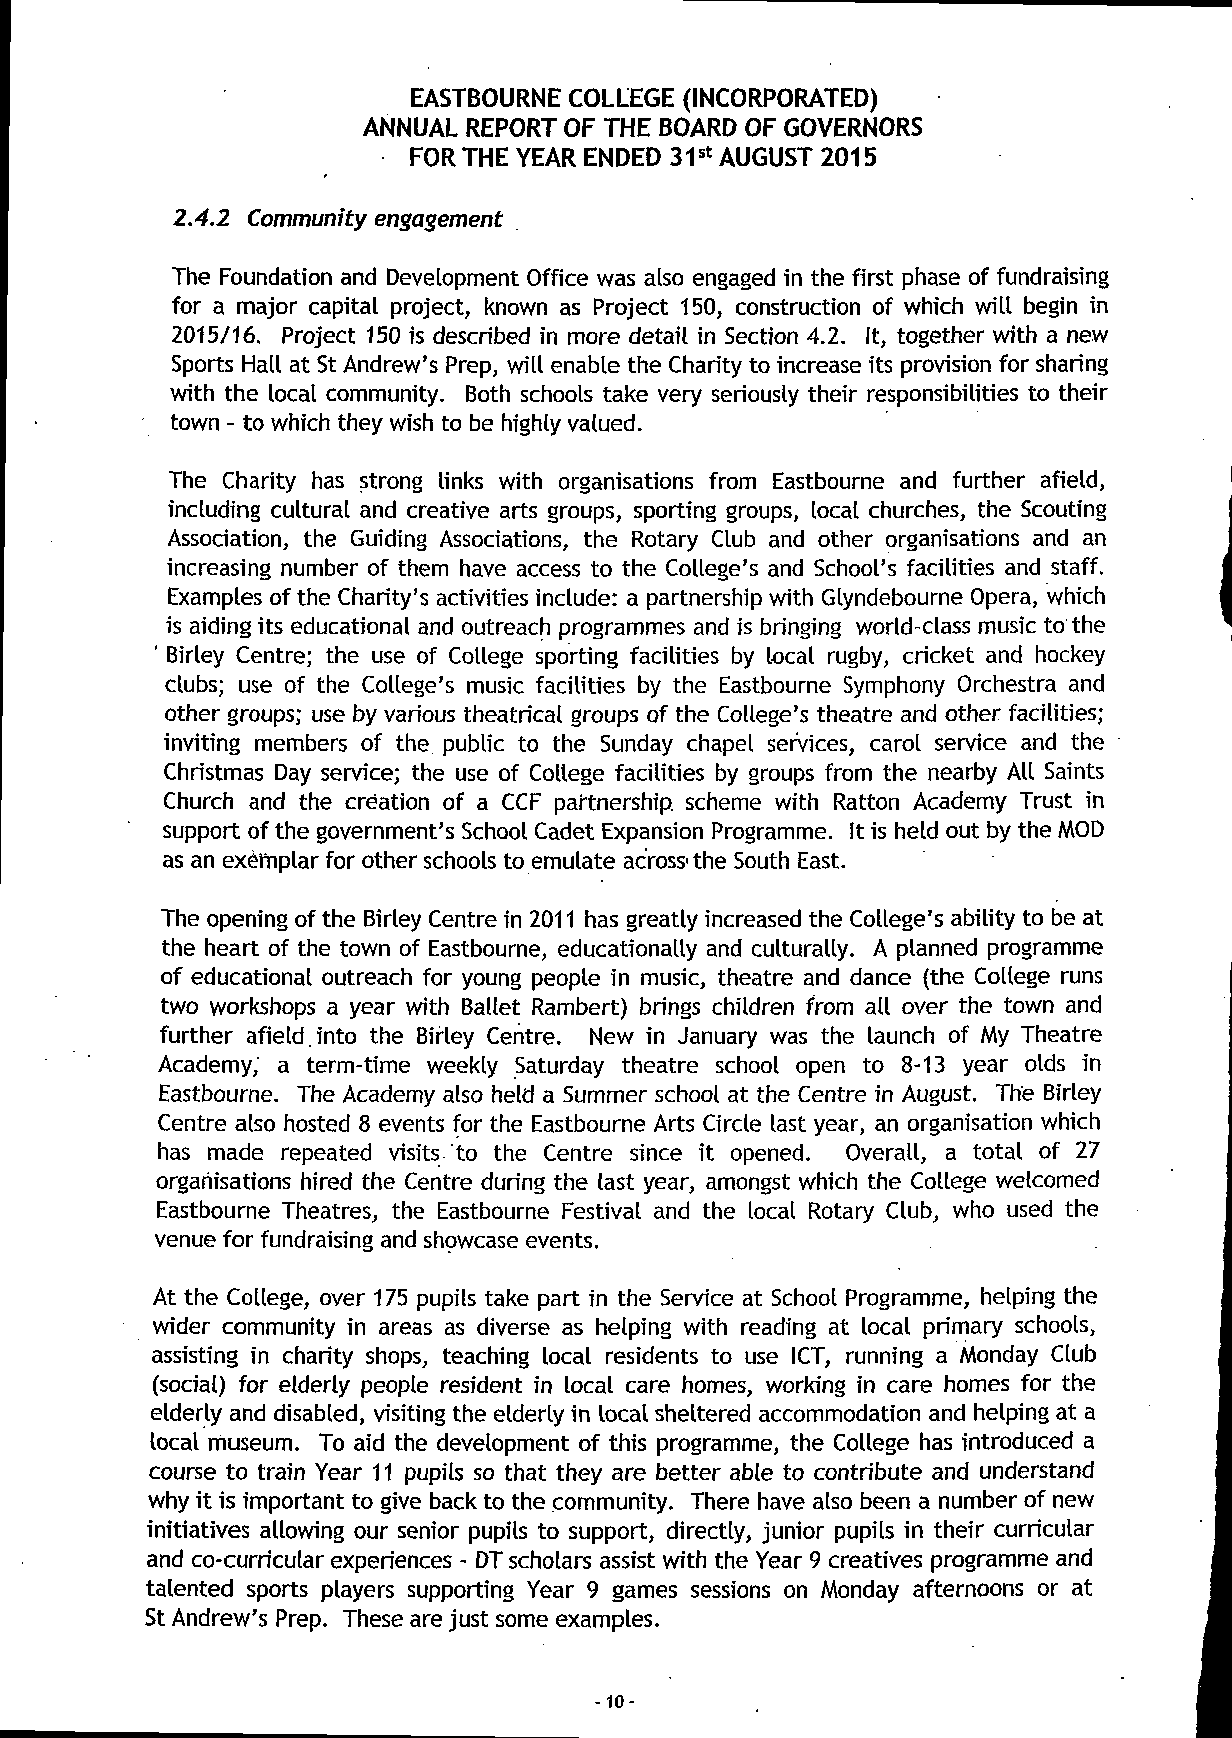
EASTBOURNE COLLEGE (INCORPORATED)
 ANNUAL REPORT OF THE BOARD OF GOVERNORS
 FOR THE YEAR ENDED 31st AUGUST 2015
 2.4.2 Community engagement
 The Foundation and Development Office was also engaged in the first phase of fundraising
 for a major capital project, known as Project 150, construction of which will begin in
 2015/16. Project 150 is described in more detail in Section 4.2. It, together with a new
 Sports Hall at St Andrew's Prep, will enable the Charity to increase its provision for sharing
 with the local community. Both schools take very seriously their responsibilities to their
 town - to which they wish to be highly valued.
 The Charity has strong links with organisations from Eastbourne and further afield,
 including cultural and creative arts groups, sporting groups, local churches, the Scouting
 Association, the Guiding Associations, the Rotary Club and other organisations and an
 increasing number of them have access to the College's and School's facilities and staff.
 Examples of the Charity's activities include: a partnership with Glyndebourne Opera, which
 is aiding its educational and outreach programmes and is bringing world-class music to the
 ' Birley Centre; the use of College sporting facilities by local rugby, cricket and hockey
 clubs; use of the College's music facilities by the Eastbourne Symphony Orchestra and
 other groups; use by various theatrical groups of the College's theatre and other facilities;
 inviting members of the. public to the Sunday chapel services, carol service and the
 Christmas Day service; the use of College facilities by groups from the nearby All Saints
 Church and the creation of a CCF partnership, scheme with Ratton Academy Trust in
 support of the government's School Cadet Expansion Programme. It is held out by the MOD
 as an exemplar for other schools to emulate across- the South East.
 The opening of the Birley Centre in 2011 has greatly increased the College's ability to be at
 the heart of the town of Eastbourne, educationally and culturally. A planned programme
 of educational outreach for young people in music, theatre and dance (the College runs
 two workshops a year with Ballet Rambert) brings children from all over the town and
 further afield, into the Birley Centre. New in January was the launch of My Theatre
 Academy, a term-time weekly Saturday theatre school open to 8-13 year olds in
 Eastbourne. The Academy also held a Summer school at the Centre in August. The Birley
 Centre also hosted 8 events for the Eastbourne Arts Circle last year, an organisation which
 has made repeated visits, to the Centre since it opened. Overall, a total of 27
 organisations hired the Centre during the last year, amongst which the College welcomed
 Eastbourne Theatres, the Eastbourne Festival and the local Rotary Club, who used the
 venue for fundraising and showcase events.
 At the College, over 175 pupils take part in the Service at School Programme, helping the
 wider community in areas as diverse as helping with reading at local primary schools,
 assisting in charity shops, teaching local residents to use ICT, running a Monday Club
 (social) for elderly people resident in local care homes, working in care homes for the
 elderly and disabled, visiting the elderly in local sheltered accommodation and helping at a
 local museum. To aid the development of this programme, the College has introduced a
 course to train Year 11 pupils so that they are better able to contribute and understand
 why it is important to give back to the community. There have also been a number of new
 initiatives allowing our senior pupils to support, directly, junior pupils in their curricular
 and co-curricular experiences - DT scholars assist with the Year 9 creatives programme and
 talented sports players supporting Year 9 games sessions on Monday afternoons or at
 St Andrew's Prep. These are just some examples.
 - 10-